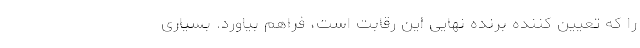
را که تعیین کننده برنده نهایی این رقابت است، فراهم بیاورد. بسیاری